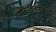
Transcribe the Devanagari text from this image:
व्यक्तिचित्रणांमध्ये